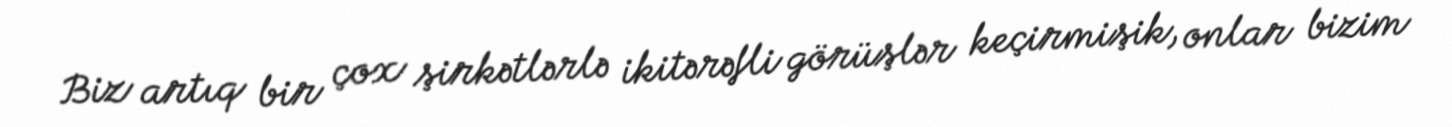
Biz artıq bir çox şirkətlərlə ikitərəfli görüşlər keçirmişik, onlar bizim